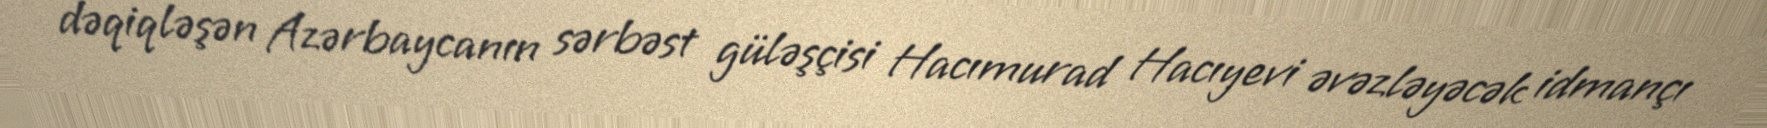
dəqiqləşən Azərbaycanın sərbəst güləşçisi Hacımurad Hacıyevi əvəzləyəcək idmançı